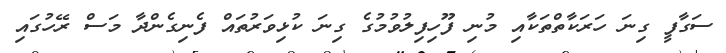
ސަގާފީ ގިނަ ހަރަކާތްތަކާއި މުނި ފޫހިފިލުވުމުގެ ގިނަ ކުޅިވަރުތައް ފެނިގެންދާ މަސް ރޭހުގައި